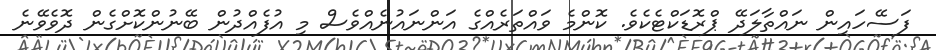
ފަސޭހައިން ނައްތާލަދޭ ޕްރޮޑަކްޓެކެވެ. ކޮންމެ ވައްތަރެއްގެ އަންނައުނެއްވެސް މި އުފެއްދުން ބޭނުންކޮށްގެން ދޮވެވޭނެ